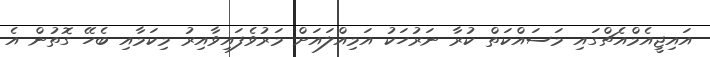
އައިޖީއެމްއެޗްގައި މަސައްކަތް ކުރާ ނަރުހަކު އަމިއްލައަށް މަރުވެފައިވާއިރު މިކަމާއި ބެހޭ ގޮތުން އެ